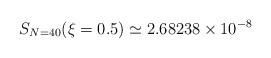
LaTeX: \begin{align*}S_{N=40} (\xi=0.5) \simeq 2.68238 \times 10^{-8}\end{align*}